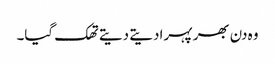
وہ دن بھر پہرا دیتے دیتے تھک گیا۔